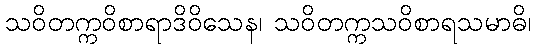
သဝိတက္ကဝိစာရာဒိဝိသေန၊ သဝိတက္ကသဝိစာရသမာဓိ၊